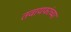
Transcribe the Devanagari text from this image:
तवायफांच्या